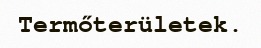
Termőterületek.